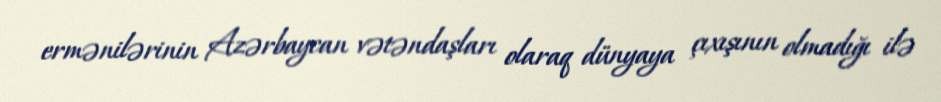
ermənilərinin Azərbaycan vətəndaşları olaraq dünyaya çıxışının olmadığı ilə